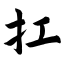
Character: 扛